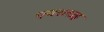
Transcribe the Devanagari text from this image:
एयरलाइ